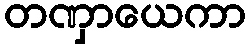
တဏှာယေကာ